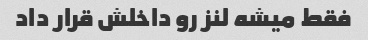
فقط میشه لنز رو داخلش قرار داد